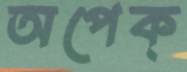
অপেক্